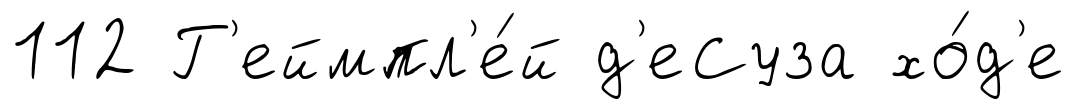
112 Г'еймпл'е́й д'еСуза хо́д'е